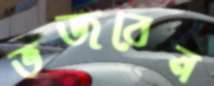
ভজবেন